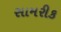
સામરીક